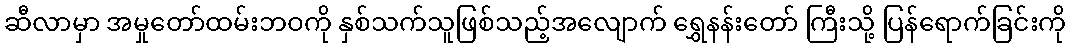
ဆီလာမှာ အမှုတော်ထမ်းဘဝကို နှစ်သက်သူဖြစ်သည့်အလျောက် ရွှေနန်းတော် ကြီးသို့ ပြန်ရောက်ခြင်းကို